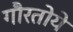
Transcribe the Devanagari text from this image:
गौरतोये